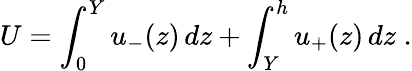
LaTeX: U=\int_{0}^{Y}u_{-}(z)\, dz+\int_{Y}^{h}u_{+}(z)\, dz\; .